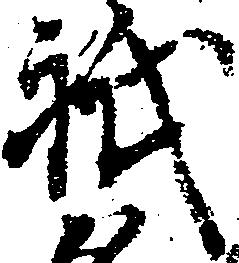
祇